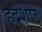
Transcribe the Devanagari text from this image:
हेद्शोट